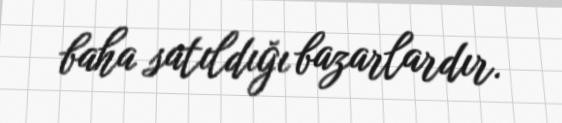
baha satıldığı bazarlardır.